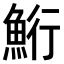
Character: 𫙚